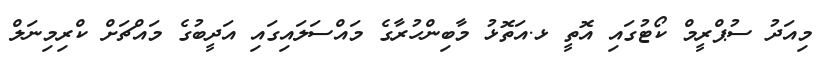
މިއަދު ސުޕްރީމް ކޯޓުގައި އޮތީ ޅ.އަތޮޅު މާބިންހުރާގެ މައްސަލައިގައި އަދީބުގެ މައްޗަށް ކްރިމިނަލް